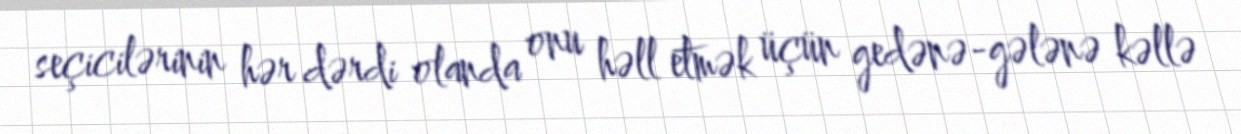
seçicilərinin hər dərdi olanda onu həll etmək üçün gedənə-gələnə kəllə